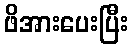
ဖိအားပေးပြီး